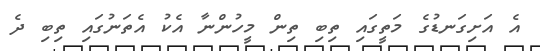
އެ އަށިގަނޑުގެ މަތީގައި ތިބި ތިން މީހުންނާ އެކު އެތަނުގައި ތިބި ދެ